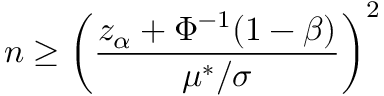
n \geq \left( { \frac { z _ { \alpha } + \Phi ^ { - 1 } ( 1 - \beta ) } { \mu ^ { * } / \sigma } } \right) ^ { 2 }